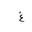
Letter: _gayn